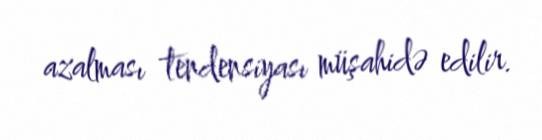
azalması tendensiyası müşahidə edilir.